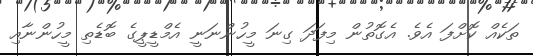
ތަކެއް ކޮށްފަ އެވެ. އެގޮތުން މިފަދަ ގިނަ މީހުންނަނީ އެމްޑީޕީގެ ބޮޑެތި މީހުންނާއި